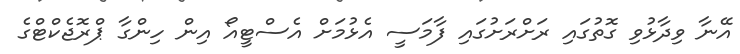
އޭނާ ވިދާޅުވި ގޮތުގައި ރަށްރަށުގައި ފާމަސީ އެޅުމަށް އެސްޓީއޯ އިން ހިންގާ ޕްރޮޖެކްޓްގެ